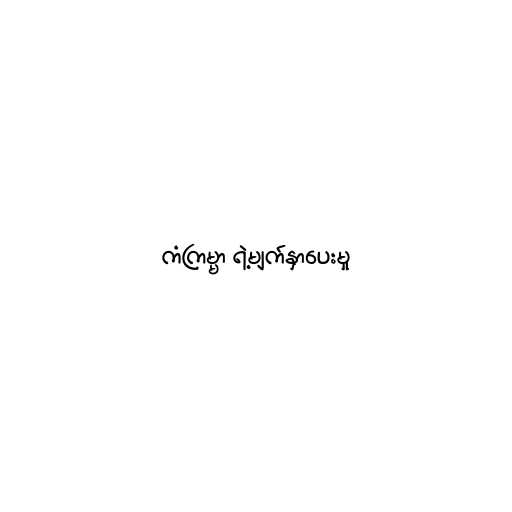
ကံကြမ္မာ ရဲ့မျက်နှာပေးမှု